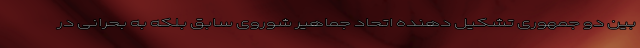
بین دو جمهوری تشکیل دهنده اتحاد جماهیر شوروی سابق بلکه به بحرانی در